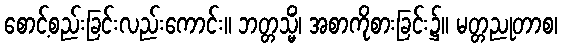
စောင့်စည်းခြင်းလည်းကောင်း။ ဘတ္တသ္မိံ၊ အစာကိုစားခြင်း၌။ မတ္တညုတာစ၊